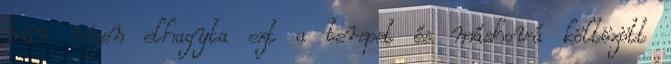
már régen elhagyta ezt a terepet és máshová költözött